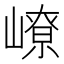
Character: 嶛